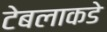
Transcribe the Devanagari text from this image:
टेबलाकडे